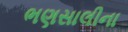
ભણસાલીના